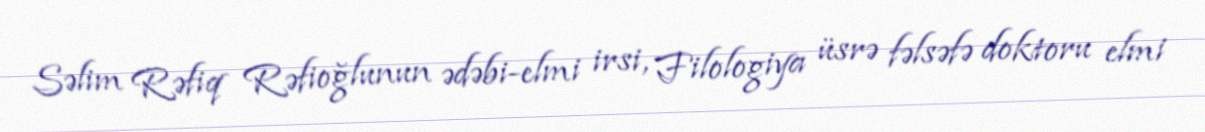
Səlim Rəfiq Rəfioğlunun ədəbi-elmi irsi, Filologiya üsrə fəlsəfə doktoru elmi